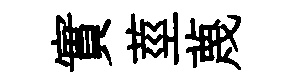
實莖蔑